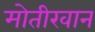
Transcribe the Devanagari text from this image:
मोतीखान